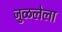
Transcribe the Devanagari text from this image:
जुळलेला